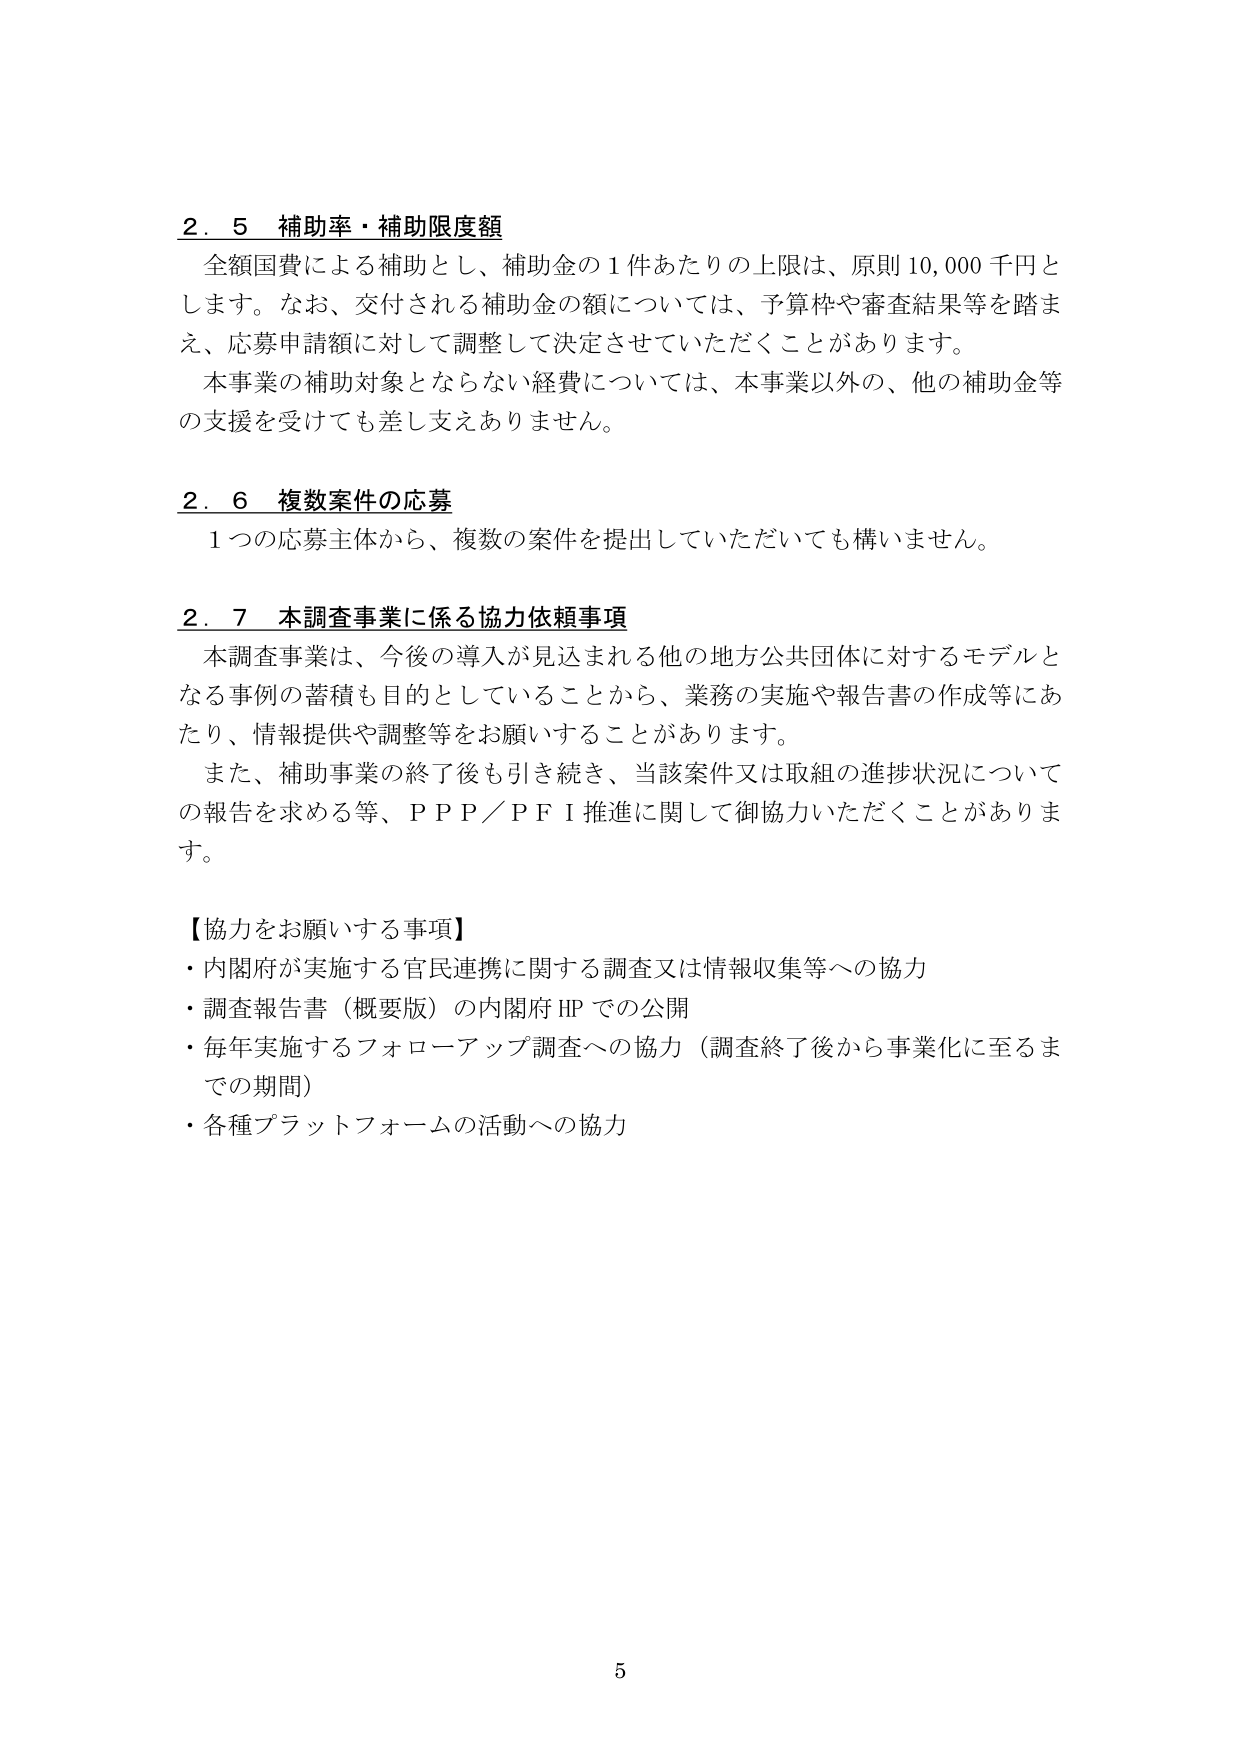
2．5 補助率・補助限度額
全額国費による補助とし、補助金の1件あたりの上限は、原則10,000千円とします。なお、交付される補助金の額については、予算枠や審査結果等を踏まえ、応募申請額に対して調整して決定させていただくことがあります。
本事業の補助対象とならない経費については、本事業以外の、他の補助金等の支援を受けても差し支えありません。

2．6 複数案件の応募
1つの応募主体から、複数の案件を提出していただいても構いません。

2．7 本調査事業に係る協力依頼事項
本調査事業は、今後の導入が見込まれる他の地方公共団体に対するモデルとなる事例の蓄積も目的としていることから、業務の実施や報告書の作成等にあたり、情報提供や調整等をお願いすることがあります。
また、補助事業の終了後も引き続き、当該案件又は取組の進捗状況についての報告を求める等、ＰＰＰ／ＰＦＩ推進に関して御協力いただくことがあります。

【協力をお願いする事項】
・内閣府が実施する官民連携に関する調査又は情報収集等への協力
・調査報告書（概要版）の内閣府HPでの公開
・毎年実施するフォローアップ調査への協力（調査終了後から事業化に至るまでの期間）
・各種プラットフォームの活動への協力

5